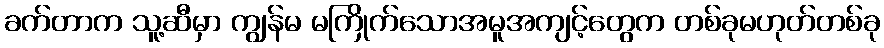
ခက်တာက သူ့ဆီမှာ ကျွန်မ မကြိုက်သောအမူအကျင့်တွေက တစ်ခုမဟုတ်တစ်ခု